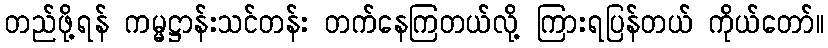
တည်ဖို့ရန် ကမ္မဋ္ဌာန်းသင်တန်း တက်နေကြတယ်လို့ ကြားရပြန်တယ် ကိုယ်တော်။